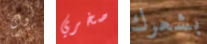
لوان صخري بشعرك